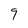
Character: 9